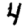
Digit: 4